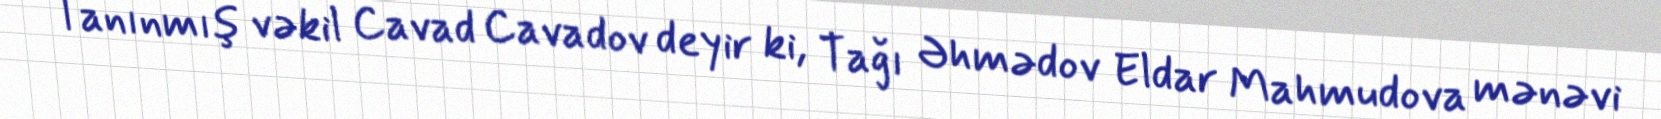
Tanınmış vəkil Cavad Cavadov deyir ki, Tağı Əhmədov Eldar Mahmudova mənəvi